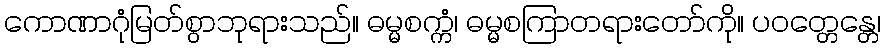
ကောဏာဂုံမြတ်စွာဘုရားသည်။ ဓမ္မစက္ကံ၊ ဓမ္မစကြာတရားတော်ကို။ ပဝတ္တေန္တေ၊